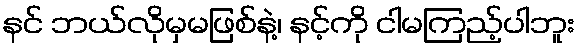
နင် ဘယ်လိုမှမဖြစ်နဲ့၊ နင့်ကို ငါမကြည့်ပါဘူး